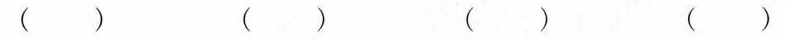
( ) ( ) ( ) ( )